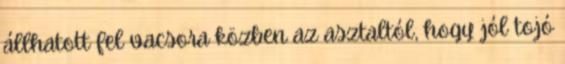
állhatott fel vacsora közben az asztaltól, hogy jól tojó